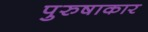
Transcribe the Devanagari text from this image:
पुरुषाकार